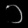
Digit: ၁